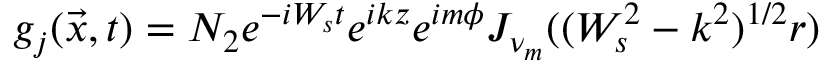
g _ { j } ( \vec { x } , t ) = N _ { 2 } e ^ { - i W _ { s } t } e ^ { i k z } e ^ { i m \phi } J _ { \nu _ { m } } ( ( W _ { s } ^ { 2 } - k ^ { 2 } ) ^ { 1 / 2 } r )